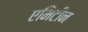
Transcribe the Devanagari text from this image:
एमिटीन